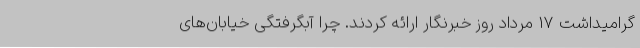
گرامیداشت 17 مرداد روز خبرنگار ارائه کردند. چرا آبگرفتگی خیابان‌های